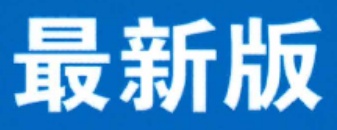
最新版